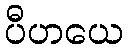
ပီဟယေ